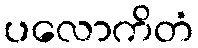
ပလောကိတံ